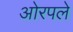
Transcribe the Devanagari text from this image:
ओरपले